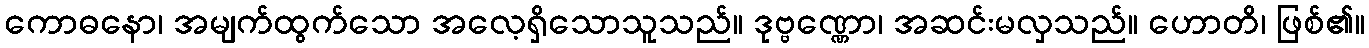
ကောဓနော၊ အမျက်ထွက်သော အလေ့ရှိသောသူသည်။ ဒုဗ္ဗဏ္ဏော၊ အဆင်းမလှသည်။ ဟောတိ၊ ဖြစ်၏။